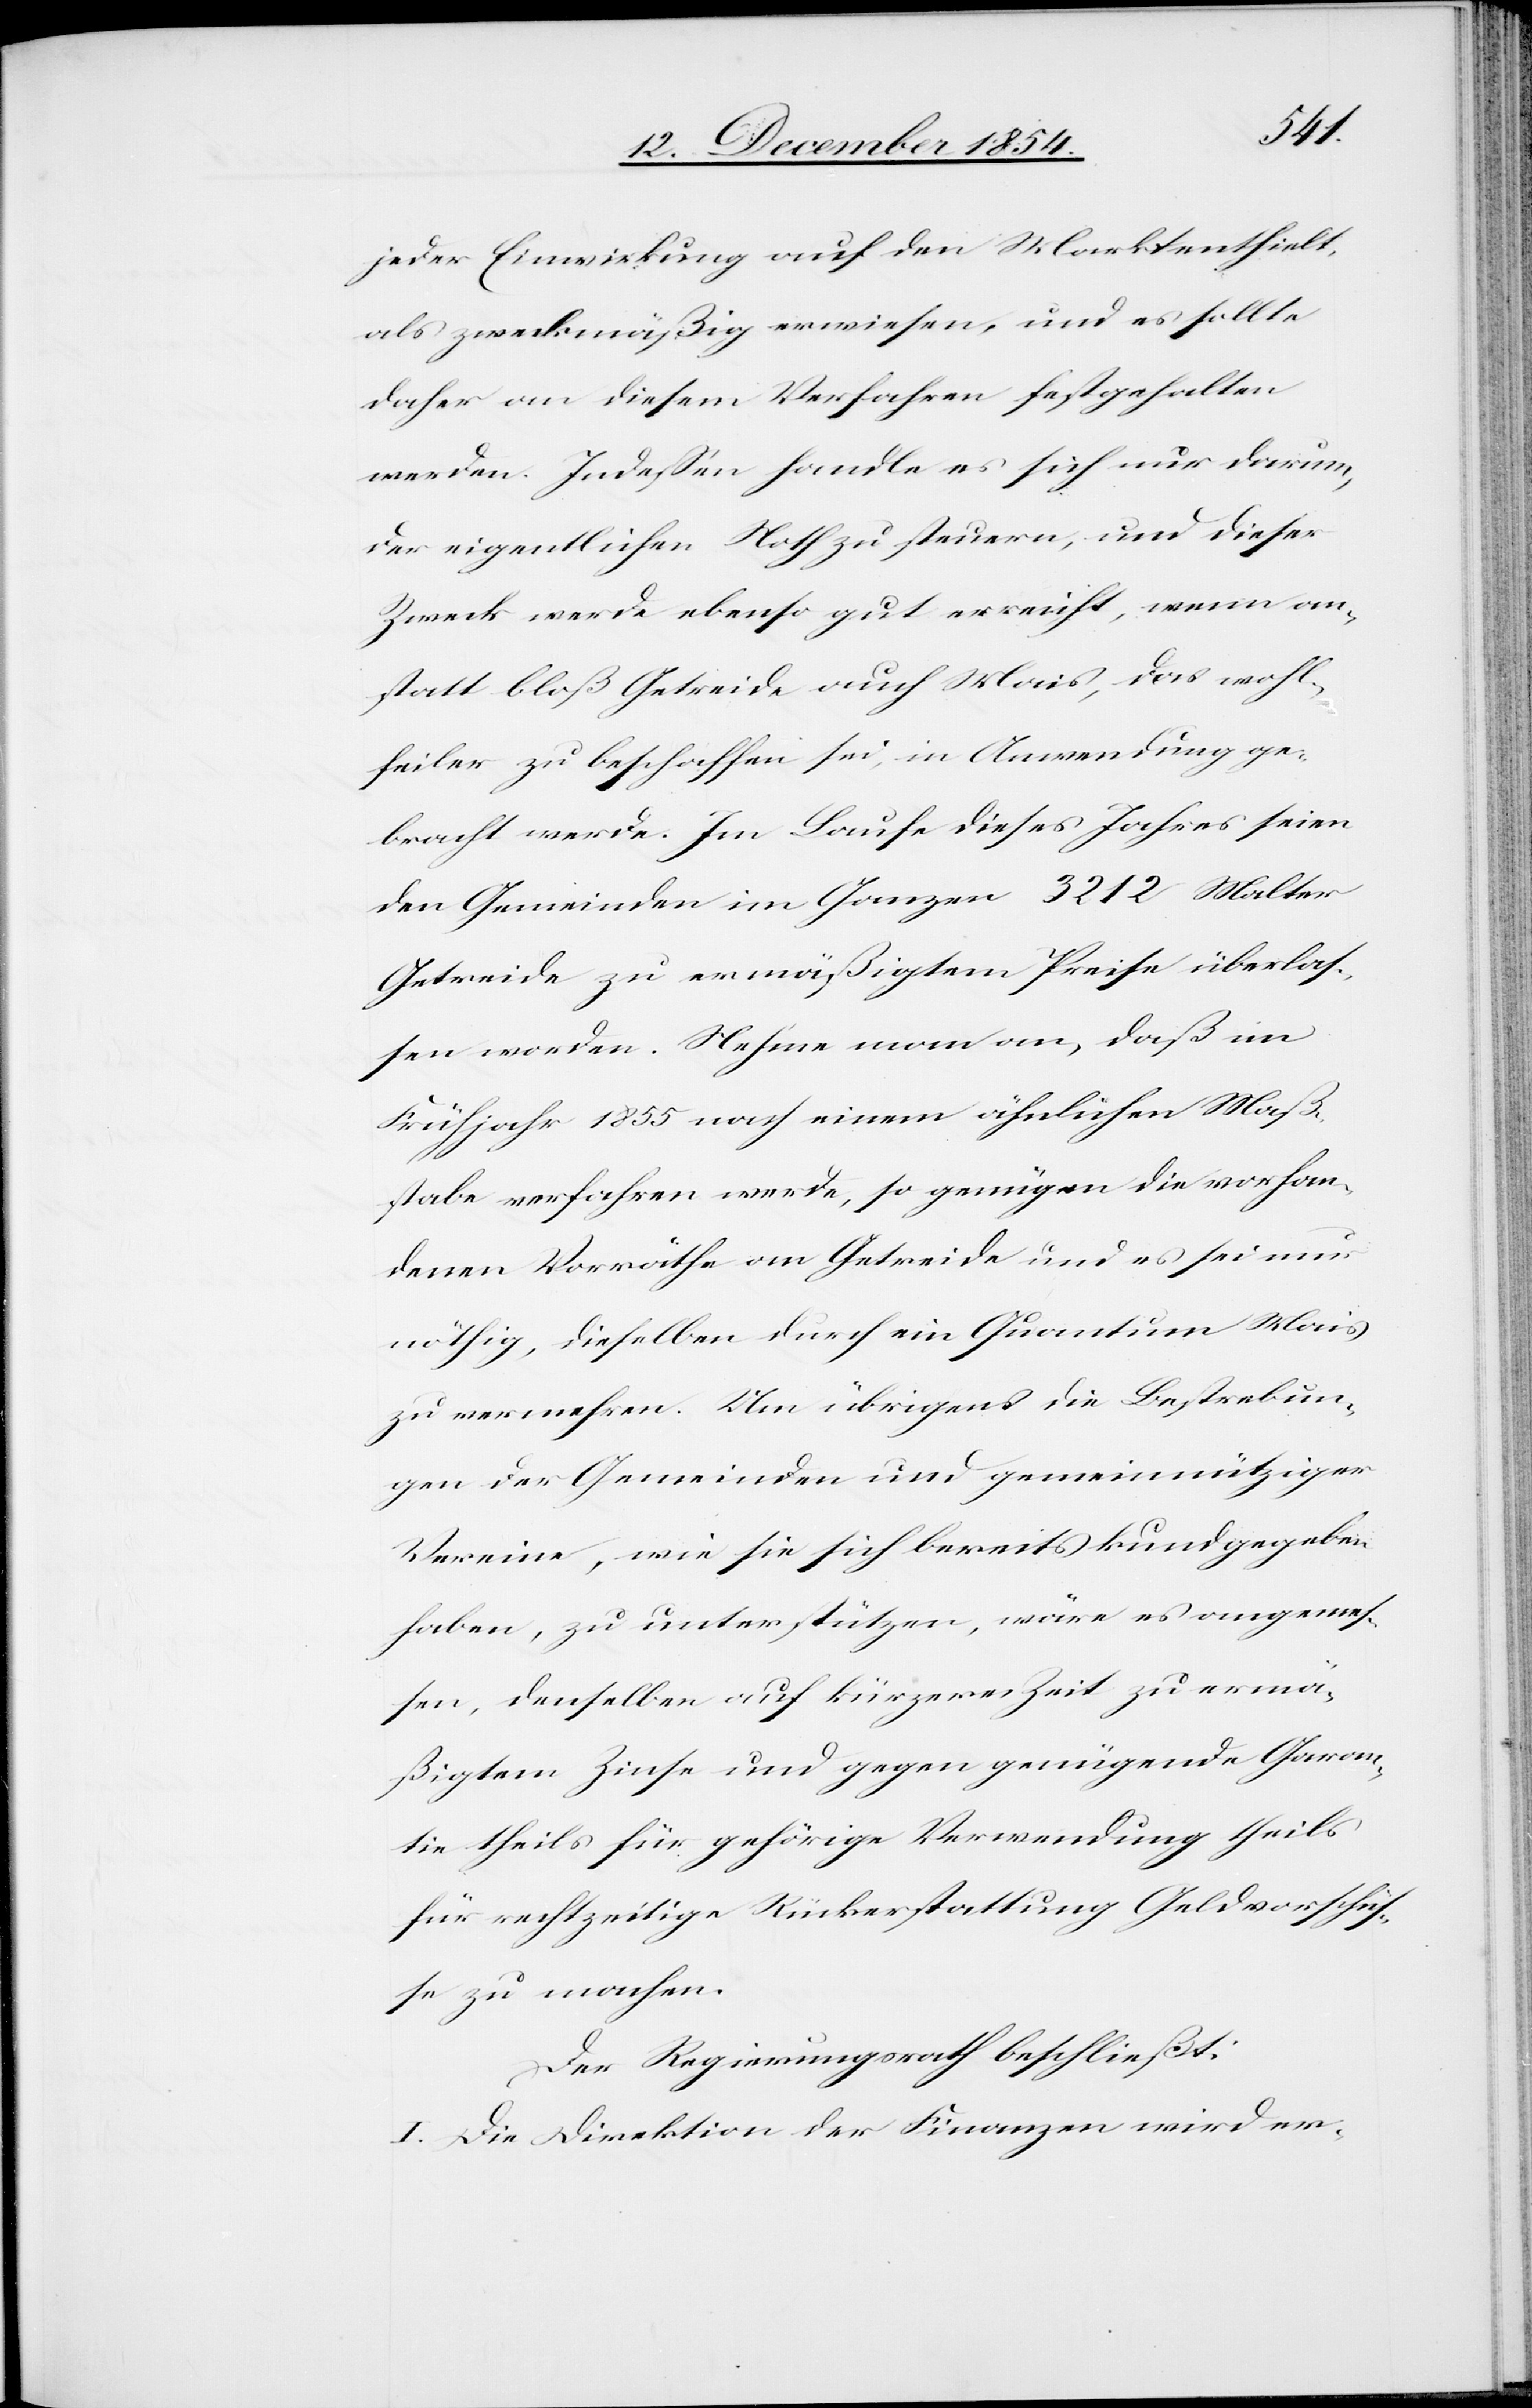
jeder Einwirkung auf den Mark enthielt,
als zweckmäßig erwiesen, und es sollte
daher an diesem Verfahren festgehalten
werden. Indeßen handle es sich nur darum,
der eigentlichen Noth zu steuern, und dieser
Zeck werde ebenso gut erreicht, wenn an¬
statt bloß Getreide auch Mais, das wohl¬
feiler zu beschaffen sei, in Anwendung ge¬
bracht werde. Im Laufe dieses Jahres seien
den Gemeinden im Ganzen 3212 Malter
Getreide zu ermäßigtem Preise überlaß¬
en worden. Nehme man an, daß im
Frühjahr 1855 nach einem ähnlichen Maß¬
stabe verfahren werde, so genügen die vorhan¬
denen Vorräthe an Getreide und es sei nur
nöthig, dieselben durch ein Quantum Mais
zu vermehren. Um übrigens die Bestrebun¬
gen der Gemeinden und gemeinnütziger
Vereine, wie sie sich bereits kundgegeben
haben, zu unterstützen, wäre es angeme¬
ßen, denselben auf kürzerer Zeit zu ermä¬
ßigtem Zinse und gegen genügende Garan¬
tie theils für gehörige Verwendung theils
für rechtzeitige Rückerstattung Geldvorschüß¬
e zu machen.
Der Regierungsrath beschließt:
I. Die Direktion der Finanzen wird er-